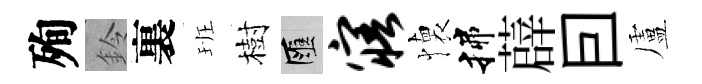
殉鈴裏班樹匯寤懐揲薜囙盧